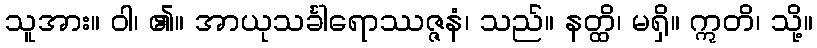
သူအား။ ဝါ၊ ၏။ အာယုသင်္ခါရောဿဇ္ဇနံ၊ သည်။ နတ္ထိ၊ မရှိ။ ဣတိ၊ သို့။